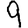
Digit: 9